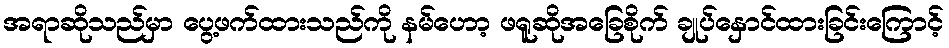
အရာဆိုသည်မှာ ပွေ့ဖက်ထားသည်ကို နမ်ဟော့ ဖရူဆိုအခြေစိုက် ချုပ်နှောင်ထားခြင်းကြောင့်